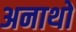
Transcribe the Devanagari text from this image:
अनाथो